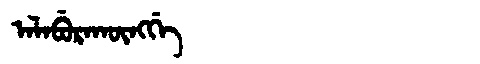
Manchu: ᠠᠯᠠᠪᡠᡵᠠᡴᡡᠩᡤᡝ
Romanization: ALABURAKŪNGGE